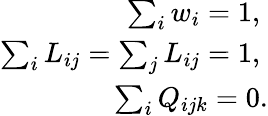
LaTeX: \begin{array}{r}{\sum_{i}w_{i}=1,\; }\\ {\sum_{i}L_{ij}=\sum_{j}L_{ij}=1,\; }\\ {\sum_{i}Q_{ijk}=0.}\end{array}